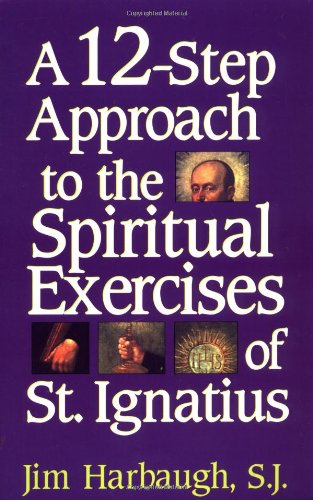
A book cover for A 12-Step Approach to the Spiritual Exercises of St. Ignatius; Jim Harbaugh; Christian Books & Bibles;